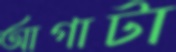
আগাটা